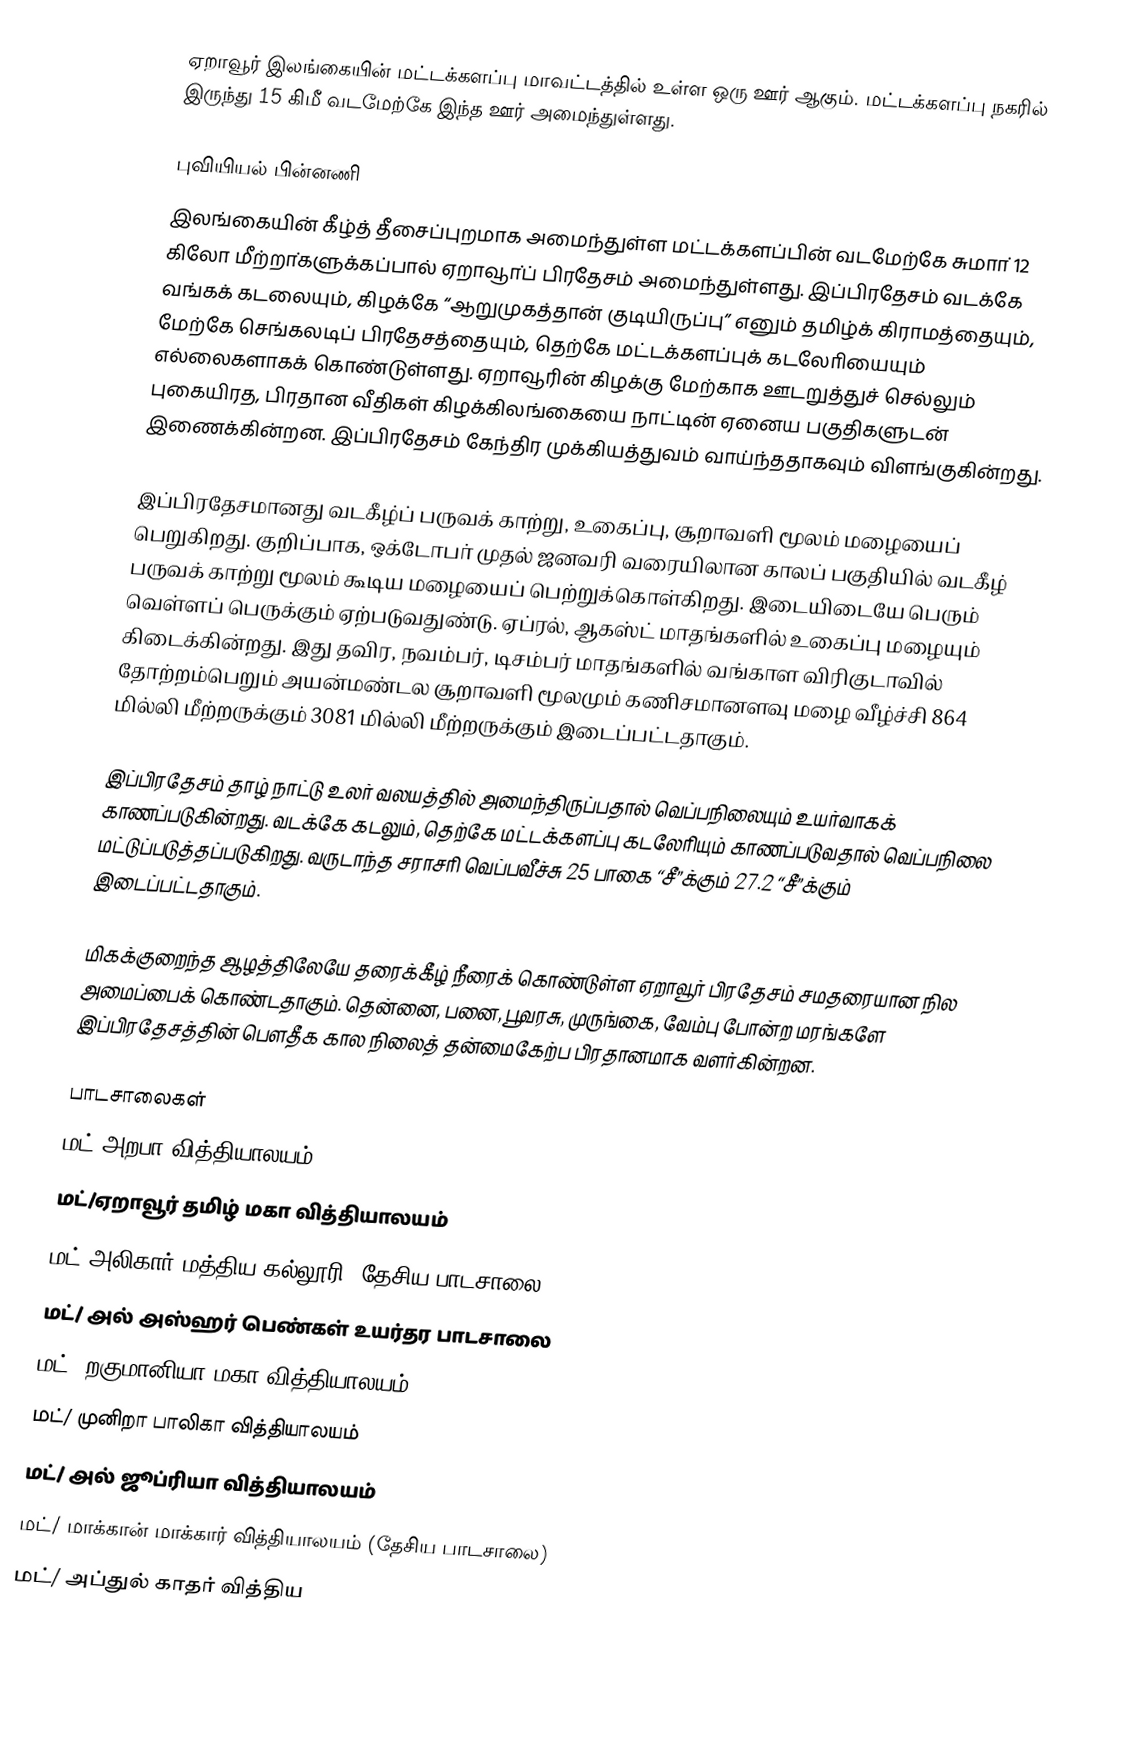
ஏறாவூர் இலங்கையின் மட்டக்களப்பு மாவட்டத்தில் உள்ள ஒரு ஊர் ஆகும். மட்டக்களப்பு நகரில் இருந்து 15 கிமீ வடமேற்கே இந்த ஊர் அமைந்துள்ளது.

புவியியல் பின்னணி
இலங்கையின் கீழ்த் தீசைப்புறமாக அமைந்துள்ள மட்டக்களப்பின் வடமேற்கே சுமாா் 12 கிலோ மீற்றா்களுக்கப்பால் ஏறாவூா்ப் பிரதேசம் அமைந்துள்ளது. இப்பிரதேசம் வடக்கே வங்கக் கடலையும், கிழக்கே “ஆறுமுகத்தான் குடியிருப்பு” எனும் தமிழ்க் கிராமத்தையும், மேற்கே செங்கலடிப் பிரதேசத்தையும், தெற்கே மட்டக்களப்புக் கடலோியையும் எல்லைகளாகக் கொண்டுள்ளது. ஏறாவூரின் கிழக்கு மேற்காக ஊடறுத்துச் செல்லும் புகையிரத, பிரதான வீதிகள் கிழக்கிலங்கையை நாட்டின் ஏனைய பகுதிகளுடன் இணைக்கின்றன. இப்பிரதேசம் கேந்திர முக்கியத்துவம் வாய்ந்ததாகவும் விளங்குகின்றது.

இப்பிரதேசமானது வடகீழ்ப் பருவக் காற்று, உகைப்பு, சூறாவளி மூலம் மழையைப் பெறுகிறது. குறிப்பாக, ஒக்டோபா் முதல் ஜனவரி வரையிலான காலப் பகுதியில் வடகீழ் பருவக் காற்று மூலம் கூடிய மழையைப் பெற்றுக்கொள்கிறது. இடையிடையே பெரும் வெள்ளப் பெருக்கும் ஏற்படுவதுண்டு. ஏப்ரல், ஆகஸ்ட் மாதங்களில் உகைப்பு மழையும் கிடைக்கின்றது. இது தவிர, நவம்பர், டிசம்பர் மாதங்களில் வங்காள விரிகுடாவில் தோற்றம்பெறும் அயன்மண்டல சூறாவளி மூலமும் கணிசமானளவு மழை வீழ்ச்சி 864 மில்லி மீற்றருக்கும் 3081 மில்லி மீற்றருக்கும் இடைப்பட்டதாகும்.

இப்பிரதேசம் தாழ் நாட்டு உலா் வலயத்தில் அமைந்திருப்பதால் வெப்பநிலையும் உயர்வாகக் காணப்படுகின்றது. வடக்கே கடலும், தெற்கே மட்டக்களப்பு கடலேரியும் காணப்படுவதால் வெப்பநிலை மட்டுப்படுத்தப்படுகிறது. வருடாந்த சராசரி வெப்பவீச்சு 25 பாகை “சீ”க்கும் 27.2  “சீ”க்கும் இடைப்பட்டதாகும்.

மிகக்குறைந்த ஆழத்திலேயே தரைக்கீழ் நீரைக் கொண்டுள்ள ஏறாவூா் பிரதேசம் சமதரையான நில அமைப்பைக் கொண்டதாகும். தென்னை, பனை, பூவரசு, முருங்கை, வேம்பு போன்ற மரங்களே இப்பிரதேசத்தின் பௌதீக கால நிலைத் தன்மைகேற்ப பிரதானமாக வளர்கின்றன.

பாடசாலைகள்
 மட்/அறபா வித்தியாலயம்
 மட்/ஏறாவூர் தமிழ் மகா வித்தியாலயம்
 மட்/அலிகார் மத்திய கல்லூரி  (தேசிய பாடசாலை)
 மட்/ அல் அஸ்ஹர் பெண்கள் உயர்தர பாடசாலை
 மட்/ றகுமானியா மகா வித்தியாலயம்
 மட்/ முனிறா பாலிகா வித்தியாலயம்
 மட்/ அல் ஜூப்ரியா வித்தியாலயம்
 மட்/ மாக்கான் மாக்கார் வித்தியாலயம் (தேசிய பாடசாலை)
 மட்/ அப்துல் காதர் வித்திய